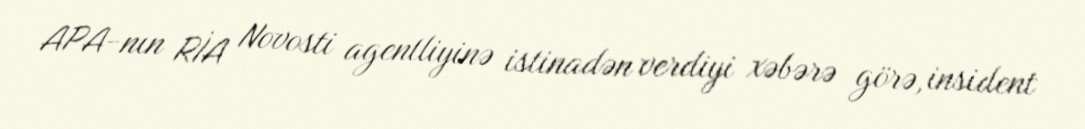
APA-nın RİA Novosti agentliyinə istinadən verdiyi xəbərə görə, insident